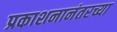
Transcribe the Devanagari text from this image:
प्रकाशनानंतरच्या